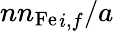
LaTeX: {{nn_{\mathrm{Fe}}}_{i,f}}/a